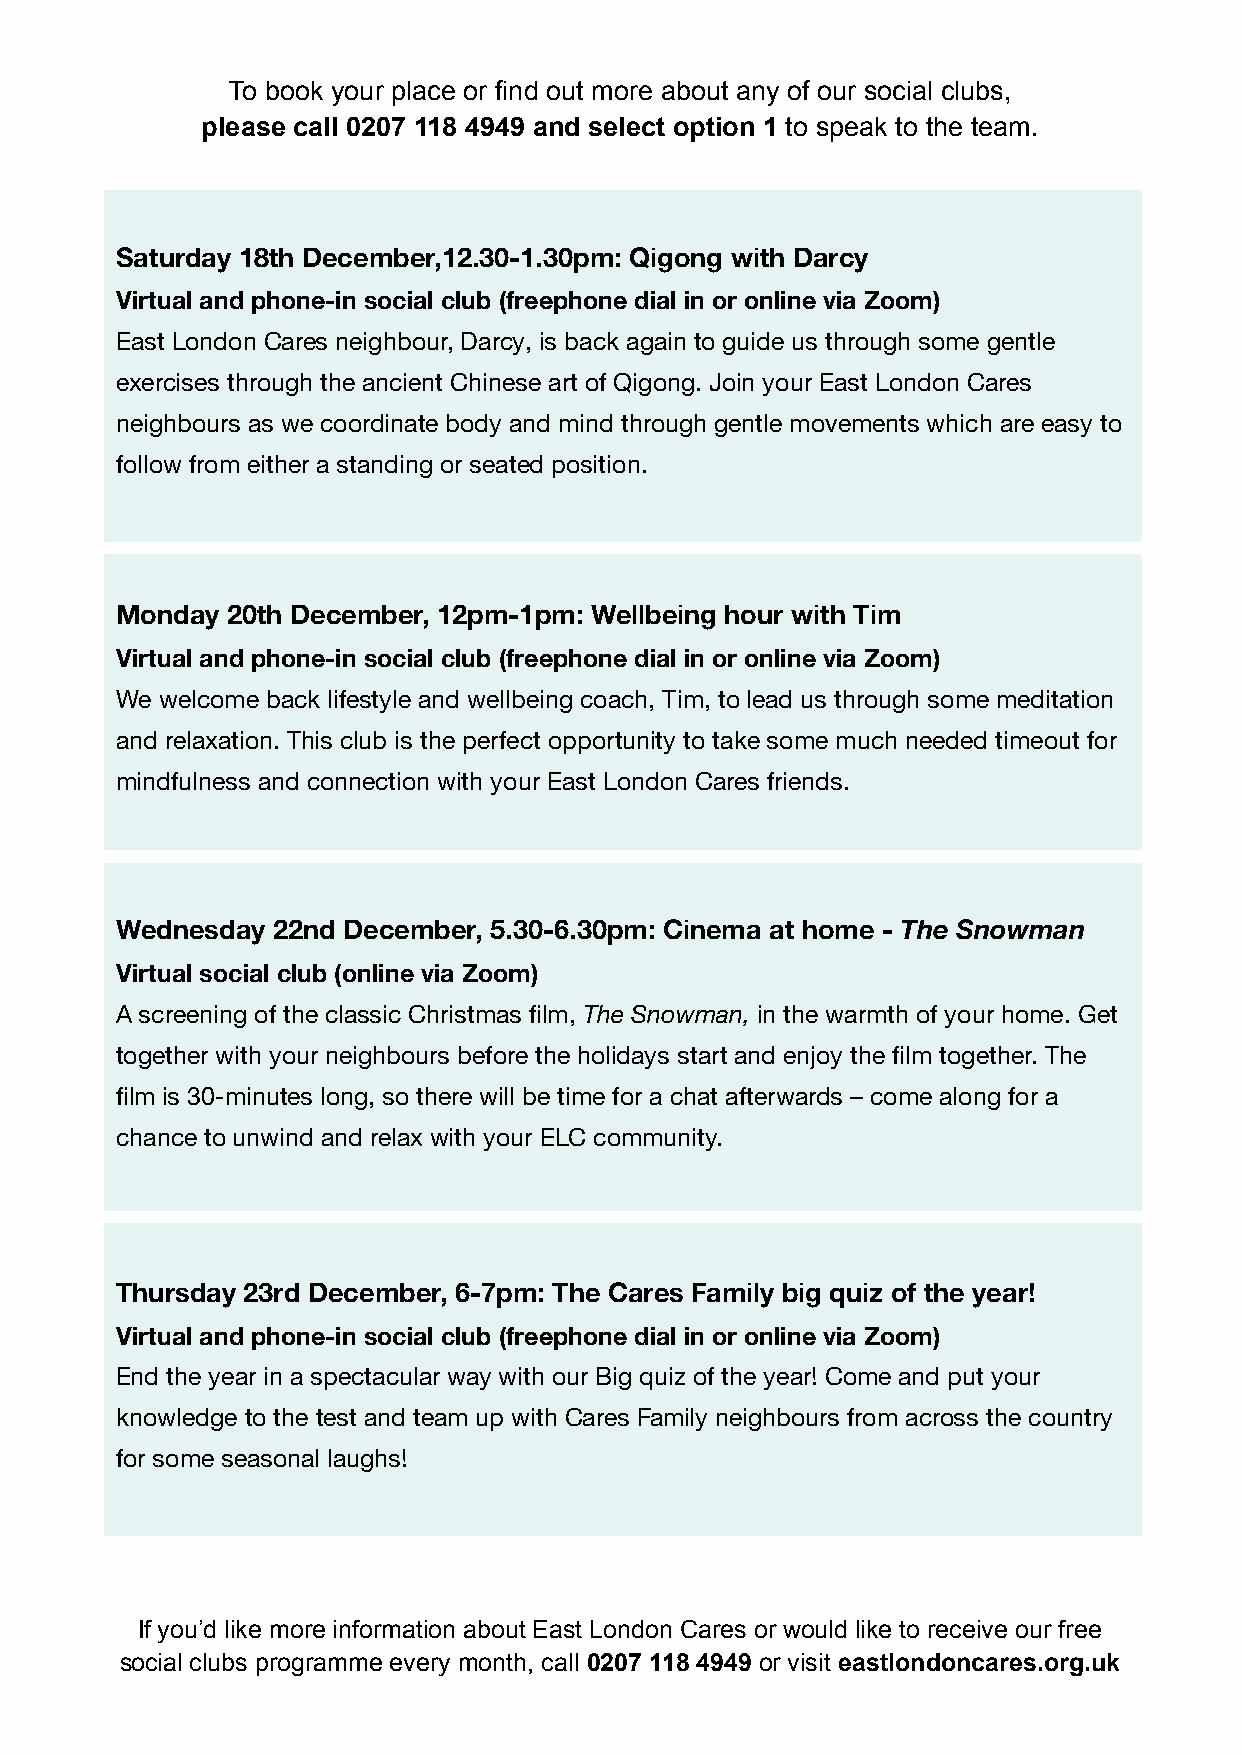
To book your place or find out more about any of our social clubs,
 please call 0207 118 4949 and select option 1 to speak to the team.
 Saturday 18th December,12.30-1.30pm: Qigong with Darcy
 Virtual and phone-in social club (freephone dial in or online via Zoom)
 East London Cares neighbour, Darcy, is back again to guide us through some gentle
 exercises through the ancient Chinese art of Qigong. Join your East London Cares
 neighbours as we coordinate body and mind through gentle movements which are easy to
 follow from either a standing or seated position.
 Monday 20th December, 12pm-1pm: Wellbeing hour with Tim
 Virtual and phone-in social club (freephone dial in or online via Zoom)
 We welcome back lifestyle and wellbeing coach, Tim, to lead us through some meditation
 and relaxation. This club is the perfect opportunity to take some much needed timeout for
 mindfulness and connection with your East London Cares friends.
 Wednesday 22nd December, 5.30-6.30pm: Cinema at home - The Snowman
 Virtual social club (online via Zoom)
 A screening of the classic Christmas film, The Snowman, in the warmth of your home. Get
 together with your neighbours before the holidays start and enjoy the film together. The
 film is 30-minutes long, so there will be time for a chat afterwards – come along for a
 chance to unwind and relax with your ELC community.
 Thursday 23rd December, 6-7pm: The Cares Family big quiz of the year!
 Virtual and phone-in social club (freephone dial in or online via Zoom)
 End the year in a spectacular way with our Big quiz of the year! Come and put your
 knowledge to the test and team up with Cares Family neighbours from across the country
 for some seasonal laughs!
 If you’d like more information about East London Cares or would like to receive our free
 social clubs programme every month, call 0207 118 4949 or visit eastlondoncares.org.uk